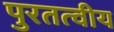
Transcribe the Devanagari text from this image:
पुरतत्वीय